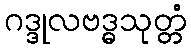
ဂဒ္ဒုလဗဒ္ဓသုတ္တံ